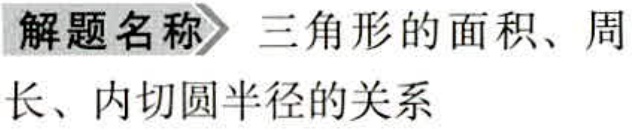
\textbf{解题名称} 三角形的面积、周长、内切圆半径的关系